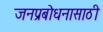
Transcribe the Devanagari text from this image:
जनप्रबोधनासाठी